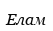
Елам